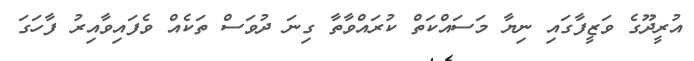
އުރީދޫގެ ވަޒީފާގައި ނިޔާ މަސައްކަތް ކުރައްވާތާ ގިނަ ދުވަސް ތަކެއް ވެފައިވާއިރު ފާހަގަ